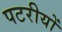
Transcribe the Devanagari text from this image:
पटरीयों